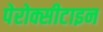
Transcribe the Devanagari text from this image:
पेरोक्सीटाइन